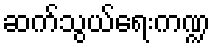
ဆက်သွယ်ရေးကဏ္ဍ